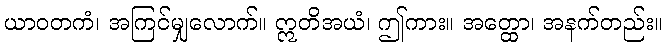
ယာဝတကံ၊ အကြင်မျှလောက်။ ဣတိအယံ၊ ဤကား။ အတ္ထော၊ အနက်တည်း။